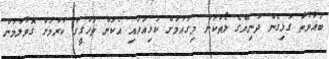
ބަޣާވާތާ ގުޅިގެން ދުނިޔޭގެ ލޯތަކުން މިގައުމަށް ކަޅިއަޅައި އެކަން ތަހުގީގު ކުރުމަށް ގޮވާލުމުން